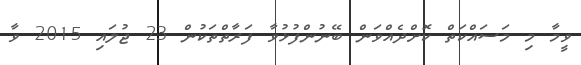
ވީމާ މި މަސައްކަތް ކޮށްދެއްވަން ބޭނުންފުޅުވާ ފަރާތްތަކުން 23 ޖުލައި 2015 ވާ